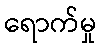
ရောက်မှု